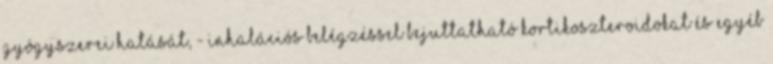
gyógyszerei hatását, - inhalációs belégzéssel bejuttatható kortikoszteroidokat és egyéb